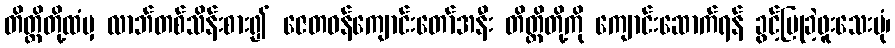
တိတ္ထိတို့ထံမှ လာဘ်တစ်သိန်းစား၍ ဇေတဝန်ကျောင်းတော်အနီး တိတ္ထိတို့ကို ကျောင်းဆောက်ရန် ခွင့်ပြုခဲ့ဖူးသေးပုံ၊